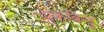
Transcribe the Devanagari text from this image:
एकबिन्दु